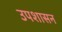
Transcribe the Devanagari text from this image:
उपशासन